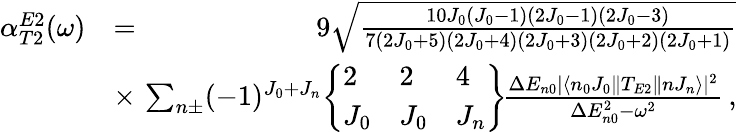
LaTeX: \begin{array}{rlr}{\alpha_{T2}^{E2}(\omega)}&{=}&{9\sqrt{\frac{10J_{0}(J_{0}-1)(2J_{0}-1)(2J_{0}-3)}{7(2J_{0}+5)(2J_{0}+4)(2J_{0}+3)(2J_{0}+2)(2J_{0}+1)}}}\\ &{\times}&{\! \! \! \! \sum_{n\pm}(-1)^{J_{0}+J_{n}}\! \left\{ \begin{array}{lll}{2}&{2}&{4}\\ {J_{0}}&{J_{0}}&{J_{n}}\end{array}\right\} \! \frac{\Delta E_{n0}|\langle n_{0}J_{0}\| T_{E2}\| nJ_{n}\rangle|^{2}}{\Delta E_{n0}^{2}-\omega^{2}}\, ,}\end{array}